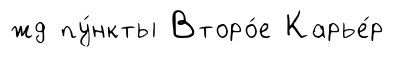
жд пу́нкты Второ́е Карье́р